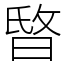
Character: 𣇻